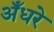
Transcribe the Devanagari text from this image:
अँधरे